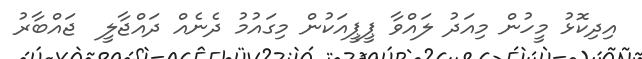
އިދިކޮޅު މީހުން މިއަދު ލައްވާ ޕީޕީއަކުން މިގައުމު ދެނެއް ދައްޖާލީ  ޖައްބާރު